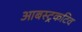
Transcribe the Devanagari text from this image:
आबस्ट्रकटिव